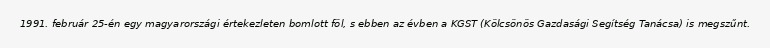
1991. február 25-én egy magyarországi értekezleten bomlott föl, s ebben az évben a KGST (Kölcsönös Gazdasági Segítség Tanácsa) is megszűnt.